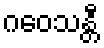
ဂဝေသန္တီ